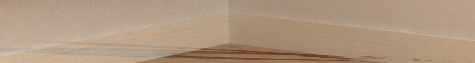
محل بقالة الحي   كل ما تح